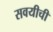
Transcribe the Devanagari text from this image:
सवयीची